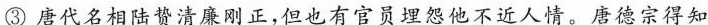
③唐代名相陆贽清廉刚正，但也有官员埋怨他不近人情。唐德宗得知